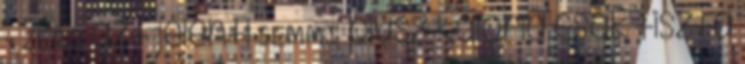
- ZERO azt jelenti SEMMI plusz kalória csak tiszta